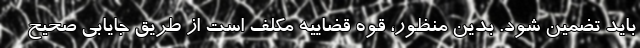
باید تضمین شود. بدین منظور، قوه قضاییه مکلف است از طریق جایابی صحیح